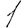
Digit: 1